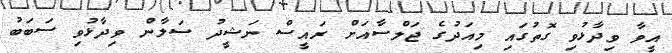
އީވާ ވިދާޅުވި ގޮތުގައި މިއަދުގެ ޖަލްސާއަށް ރައީސް ނަޝީދު ސަލާން ވިދާޅުވި ސަބަބު